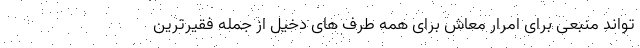
تواند منبعی برای امرار معاش برای همه طرف های دخیل از جمله فقیرترین